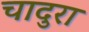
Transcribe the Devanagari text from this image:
चादुरा